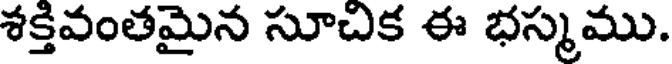
శక్తివంతమైన సూచిక ఈ భస్మము.